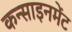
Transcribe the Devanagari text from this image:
कन्साइनमेंट